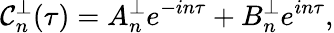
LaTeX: \mathcal{C}_{n}^{\perp}(\tau)=A_{n}^{\perp}e^{-in\tau}+B_{n}^{\perp}e^{in\tau},